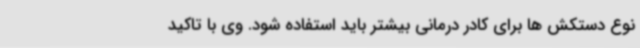
نوع دستکش ها برای کادر درمانی بیشتر باید استفاده شود. وی با تاکید